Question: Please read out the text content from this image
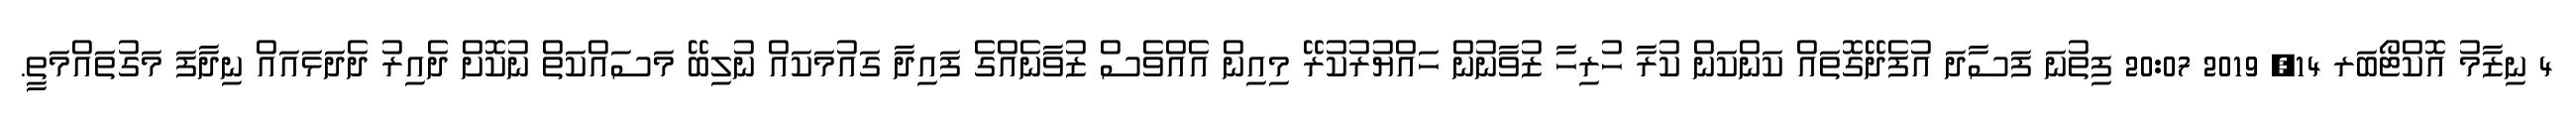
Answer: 4 ނިޒާމު އޮކްޓޯބަރ 14, 2019 20:07 ފިތުނަ ފަސާދަ އުފެދޭގޮތައް ކަންކަން ކުރާ ހުރިހާ ޒުވާނުން ހައްޔުރުކުރޭ މިއިން އެއްވެސް ޒުވާނެއްގެ ފައިދާ ގައުމަކައް ނުލިބޭ މަސައްކަތް ނުކޮށް ދެއިރު ދެދަޅައައް ނިދާފަ މަގުތައްމަތީ.